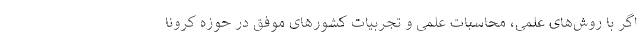
اگر با روش‌های علمی، محاسبات علمی و تجربیات کشورهای موفق در حوزه کرونا